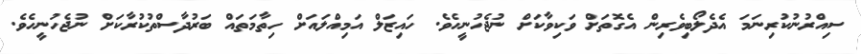
ސިއްރުނުކުރިނަމަ އެދެލޯބިވެރިން އެގޮތަށް ވަކިވާކަށް ނުޖެހުނީހެވެ. ހައިޒަލް އަމިއްލައަށް ހިތާމަތައް ބަރުދާސްތުކުރާކަށް ނުޖެހުނީހެވެ.